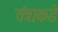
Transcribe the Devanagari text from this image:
तंत्राकडे